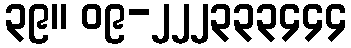
၃၉။ ၀၉-၂၂၂၃၃၃၄၄၄